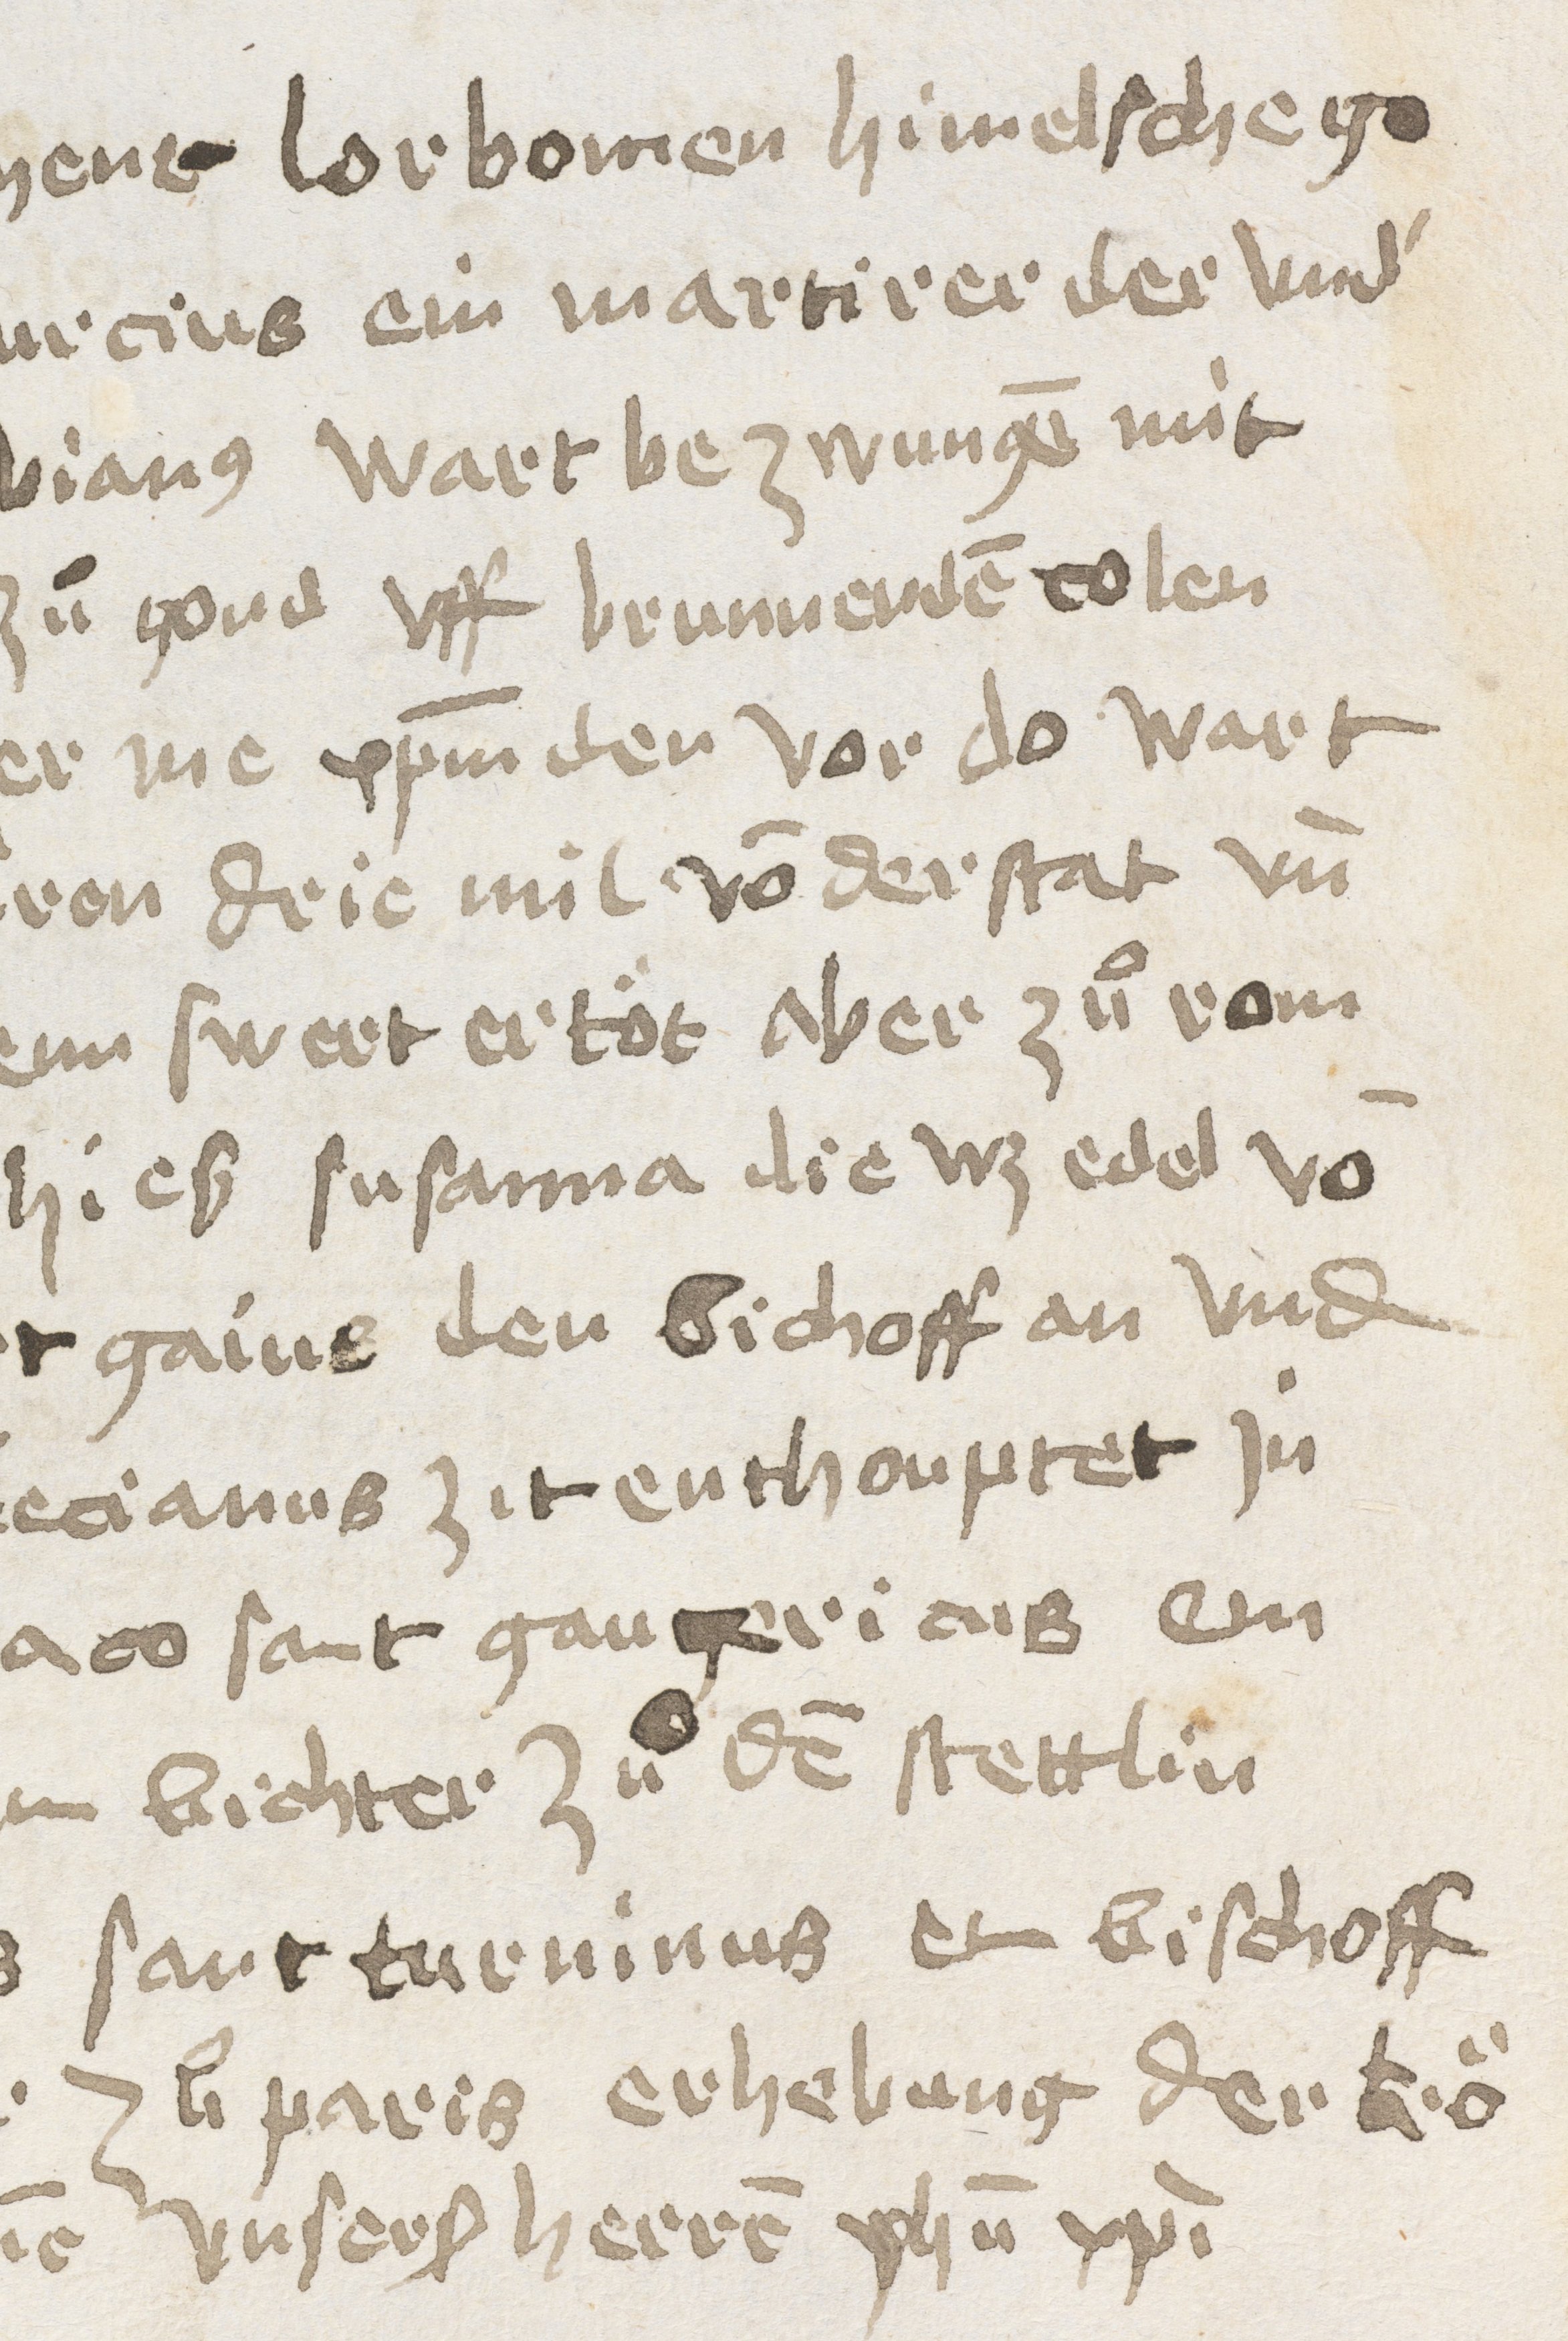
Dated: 1400–1499